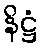
နိဋ္ဌံ